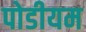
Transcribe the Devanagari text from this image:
पोडीयम